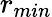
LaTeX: r_{min}